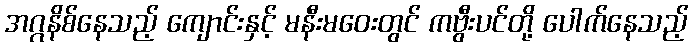
အဂ္ဂနိစ်နေသည့် ကျောင်းနှင့် မနီးမဝေးတွင် ကဗွီးပင်တို့ ပေါက်နေသည့်